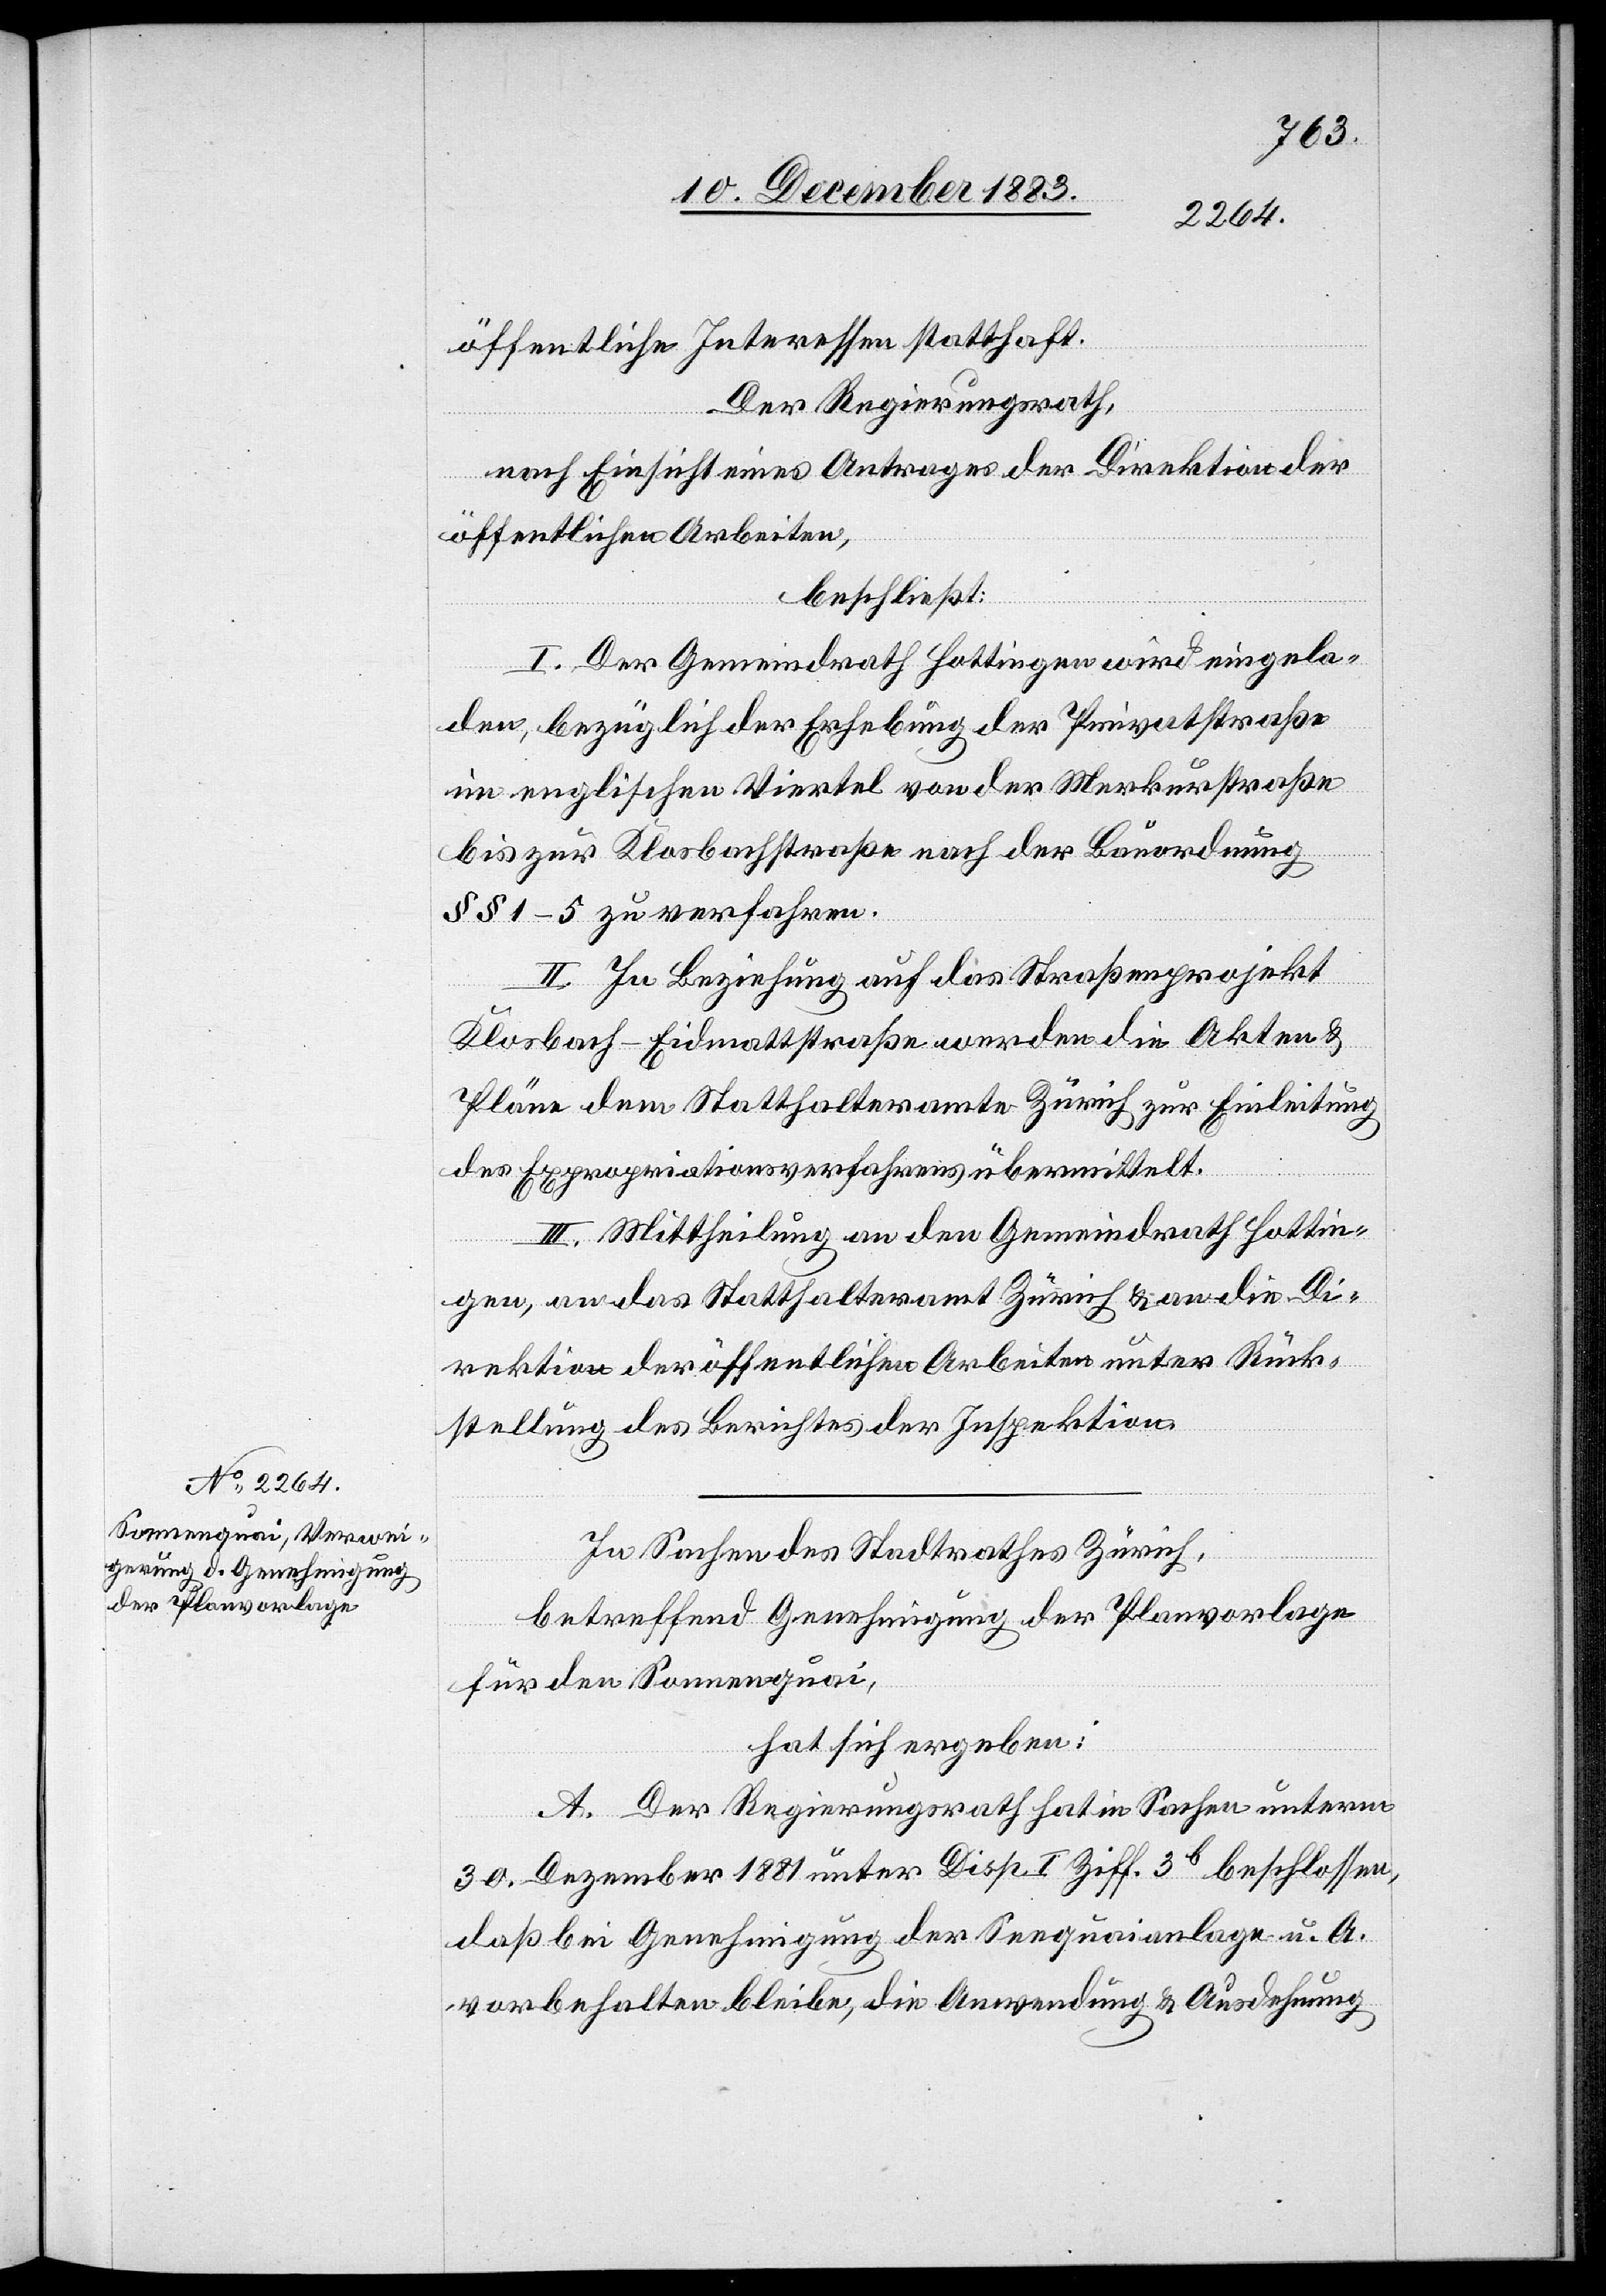
öffentliche Interessen statthaft.
Der Regierungsrath,
nach Einsicht eines Antrages der Direktion der
öffentlichen Arbeiten,
beschließt:
I. Der Gemeindrath Hottingen wird eingela¬
den, bezüglich der Erhebung der Privatstraße
im englischen Viertel von der Mekrurstraße
bis zur Klosbachstraße nach der Bauordnung
§§ 1–5 zu verfahren.
II. In Beziehung auf das Straßenprojekt
Klosbach–Eidmattstraße werden die Akten &
Pläne dem Statthalteramte Zürich zur Einleitung
des Expropriationsverfahrens übermittelt.
III. Mittheilung an den Gemeindrath Hottin¬
gen, an das Statthalteramt Zürich & an die Di¬
rektion der öffentlichen Arbeiten unter Rück¬
stellung des Berichtes der Inspektion.
In Sachen des Stadtrathe Zürich,
betreffend Genehmigung der Planvorlage
für den Sonnenquai,
hat sich ergeben:
A. Der Regierungsrath hat in Sachen unterm
30. Dezember 1881 unter Disp. I Ziff. 3b beschlossen,
daß bei Genehmigung der Seequaianlage u. A.
vorbehalten bleibe, die Anwendung & Ausdehnung